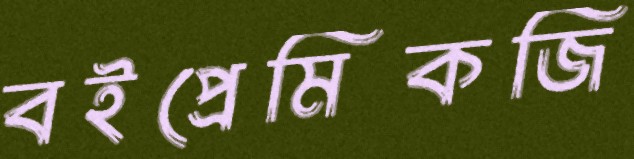
বইপ্রেমিকজি